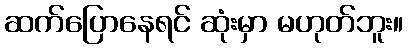
ဆက်ပြောနေရင် ဆုံးမှာ မဟုတ်ဘူး။